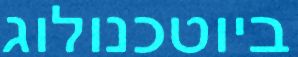
ביוטכנולוג